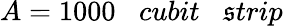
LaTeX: A=1000\; \; \; cubit\; \; \; \mathfrak{s}trip